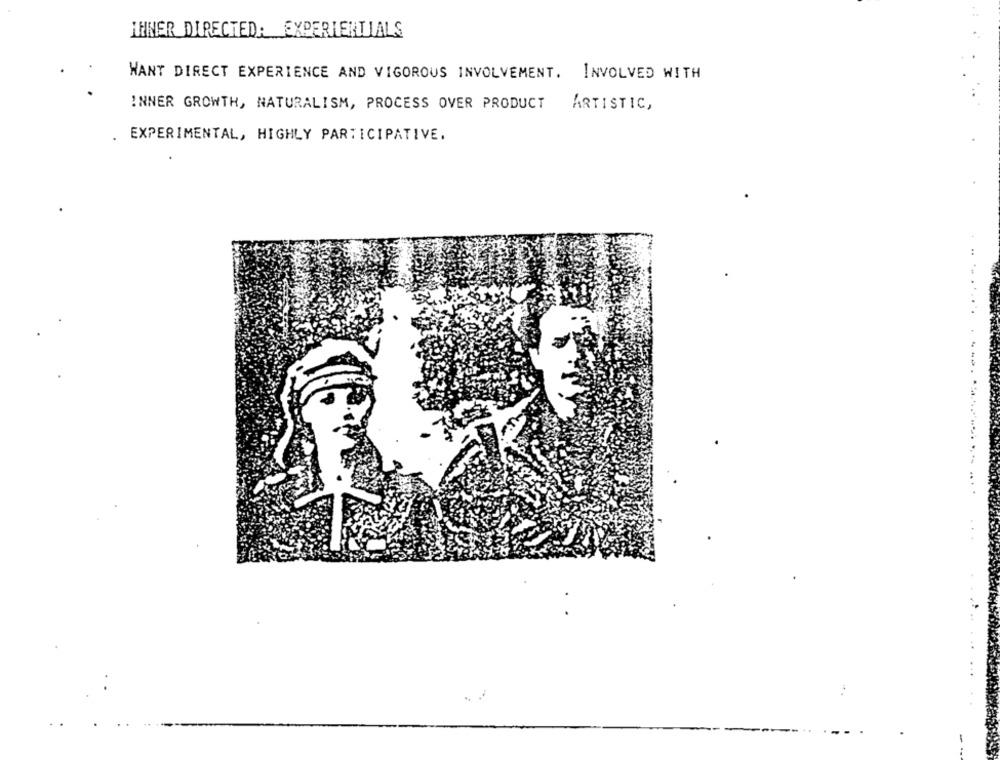
THNER DIRECTED: EXPERIENTIALS
WANT DIRECT EXPERIENCE AND VIGOROUS INVOLVEMENT. INVOLVED WITH
INNER GROWTH, NATURALISM, PROCESS OVER PRODUCT ARTISTIC,
EXPERIMENTAL, HIGHLY PARTICIPATIVE.